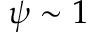
{ \psi } \sim 1